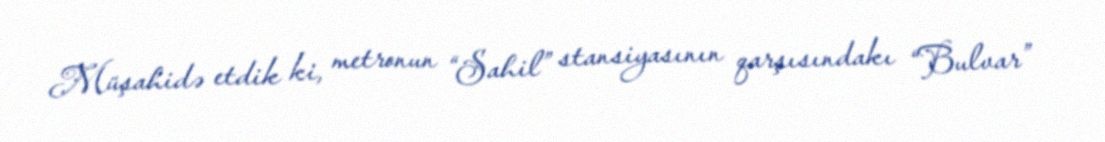
Müşahidə etdik ki, metronun “Sahil” stansiyasının qarşısındakı “Bulvar”